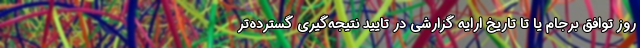
روز توافق برجام یا تا تاریخ ارایه گزارشی در تایید نتیجه‌گیری گسترده‌تر